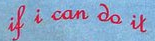
if i can do it